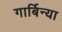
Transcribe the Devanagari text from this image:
गार्बिन्या